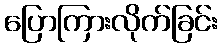
ပြောကြားလိုက်ခြင်း